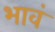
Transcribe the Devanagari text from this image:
भावं